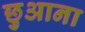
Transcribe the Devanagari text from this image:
छुआना